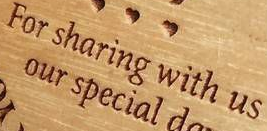
FOr sharing with us